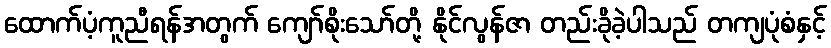
ထောက်ပံ့ကူညီရန်အတွက် ကျော်စိုးသော်တို့ နိုင်လွန်ဇာ တည်းခိုခဲ့ပါသည် တကျပုံစံနှင့်